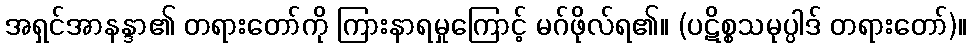
အရှင်အာနန္ဒာ၏ တရားတော်ကို ကြားနာရမှုကြောင့် မဂ်ဖိုလ်ရ၏။ (ပဋိစ္စသမုပ္ပါဒ် တရားတော်)။